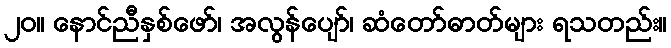
၂၀။ နောင်ညီနှစ်ဖော်၊ အလွန်ပျော်၊ ဆံတော်ဓာတ်များ ရသတည်း။